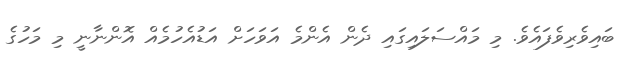
ބައިވެރިވެފައެވެ. މި މައްސަލައިގައި ދެން އެންމެ އަވަހަށް އަޑުއެހުމެއް އޮންނާނީ މި މަހުގެ